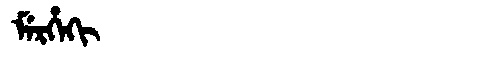
Manchu: ᠮᡝᡵᡥᡝᡴᡳ
Romanization: MERHEKI